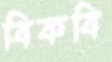
বিকবি